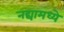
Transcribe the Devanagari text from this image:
नद्यामध्ये